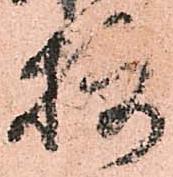
摂